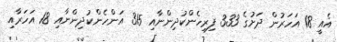
އެއީ 18 އަހަރުން ދަށުގެ 333 ފިރިހެންކުދިންނާއި 315 އަންހެންކުދިންނާއި 18 އަހަރާއި